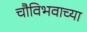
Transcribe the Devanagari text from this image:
चौविभवाच्या